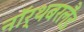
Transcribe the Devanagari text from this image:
नॉर्थबरलैंड